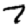
Digit: 7